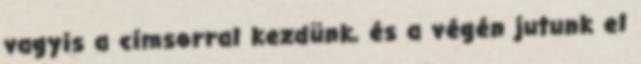
vagyis a címsorral kezdünk, és a végén jutunk el